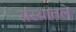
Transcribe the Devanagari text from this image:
संस्थातले